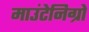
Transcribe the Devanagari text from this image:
माउंटेनिग्रो